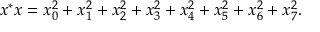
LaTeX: x ^ { * } x = x _ { 0 } ^ { 2 } + x _ { 1 } ^ { 2 } + x _ { 2 } ^ { 2 } + x _ { 3 } ^ { 2 } + x _ { 4 } ^ { 2 } + x _ { 5 } ^ { 2 } + x _ { 6 } ^ { 2 } + x _ { 7 } ^ { 2 } .